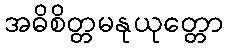
အဓိစိတ္တမနုယုတ္တော